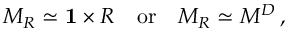
M _ { R } \simeq { \bf 1 } \times R \quad \mathrm { o r } \quad M _ { R } \simeq M ^ { D } \, ,